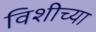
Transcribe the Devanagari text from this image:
विशीच्या